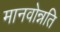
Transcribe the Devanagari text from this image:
मानवोन्नति